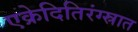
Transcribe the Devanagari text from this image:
एक्रेदितिरंग्स्रात